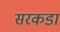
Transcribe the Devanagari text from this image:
सरकडा